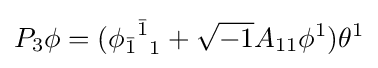
P_{3}\phi =({{\phi _{\bar {1}}}^{\bar {1}}}_{1}+{\sqrt {-1}}A_{11}\phi ^{1})\theta ^{1}